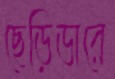
ছেড়িডারে